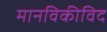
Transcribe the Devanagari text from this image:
मानविकीविद